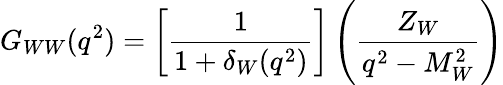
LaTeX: G_{WW}(q^{2})=\left[\frac{1}{1+\delta_{W}(q^{2})}\right]\left(\frac{Z_{W}}{q^{2}-M_{W}^{2}}\right)